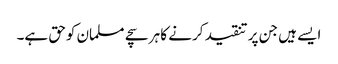
ایسے ہیں جن پر تنقید کرنے کا ہر سچے مسلمان کوحق ہے۔